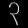
Digit: ၃